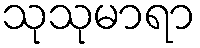
သုသုမာရာ